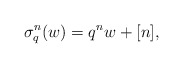
\begin{align*}\sigma^n_q ( w ) = q^n w + [ n ], \end{align*}